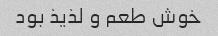
خوش طعم و لذیذ بود